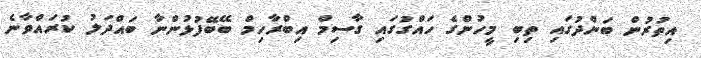
އިތުރުން ބަންދުގައި ތިބި މީހުންގެ ހައްގުގައި ގާސިމް އިބްރާހިމް ބޭބޭފުޅުންނާ ބައްދަލު ކުރައްވާނެ